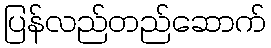
ပြန်လည်တည်ဆောက်